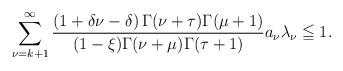
LaTeX: \begin{align*}\sum_{\nu =k+1}^{\infty} \dfrac{(1+\delta \nu -\delta) \,\Gamma(\nu+\tau)\Gamma{(\mu+1)}}{( 1 -\xi) \Gamma(\nu+\mu)\Gamma(\tau+1)}a_{\nu} \lambda_{\nu} \leqq 1 .\end{align*}